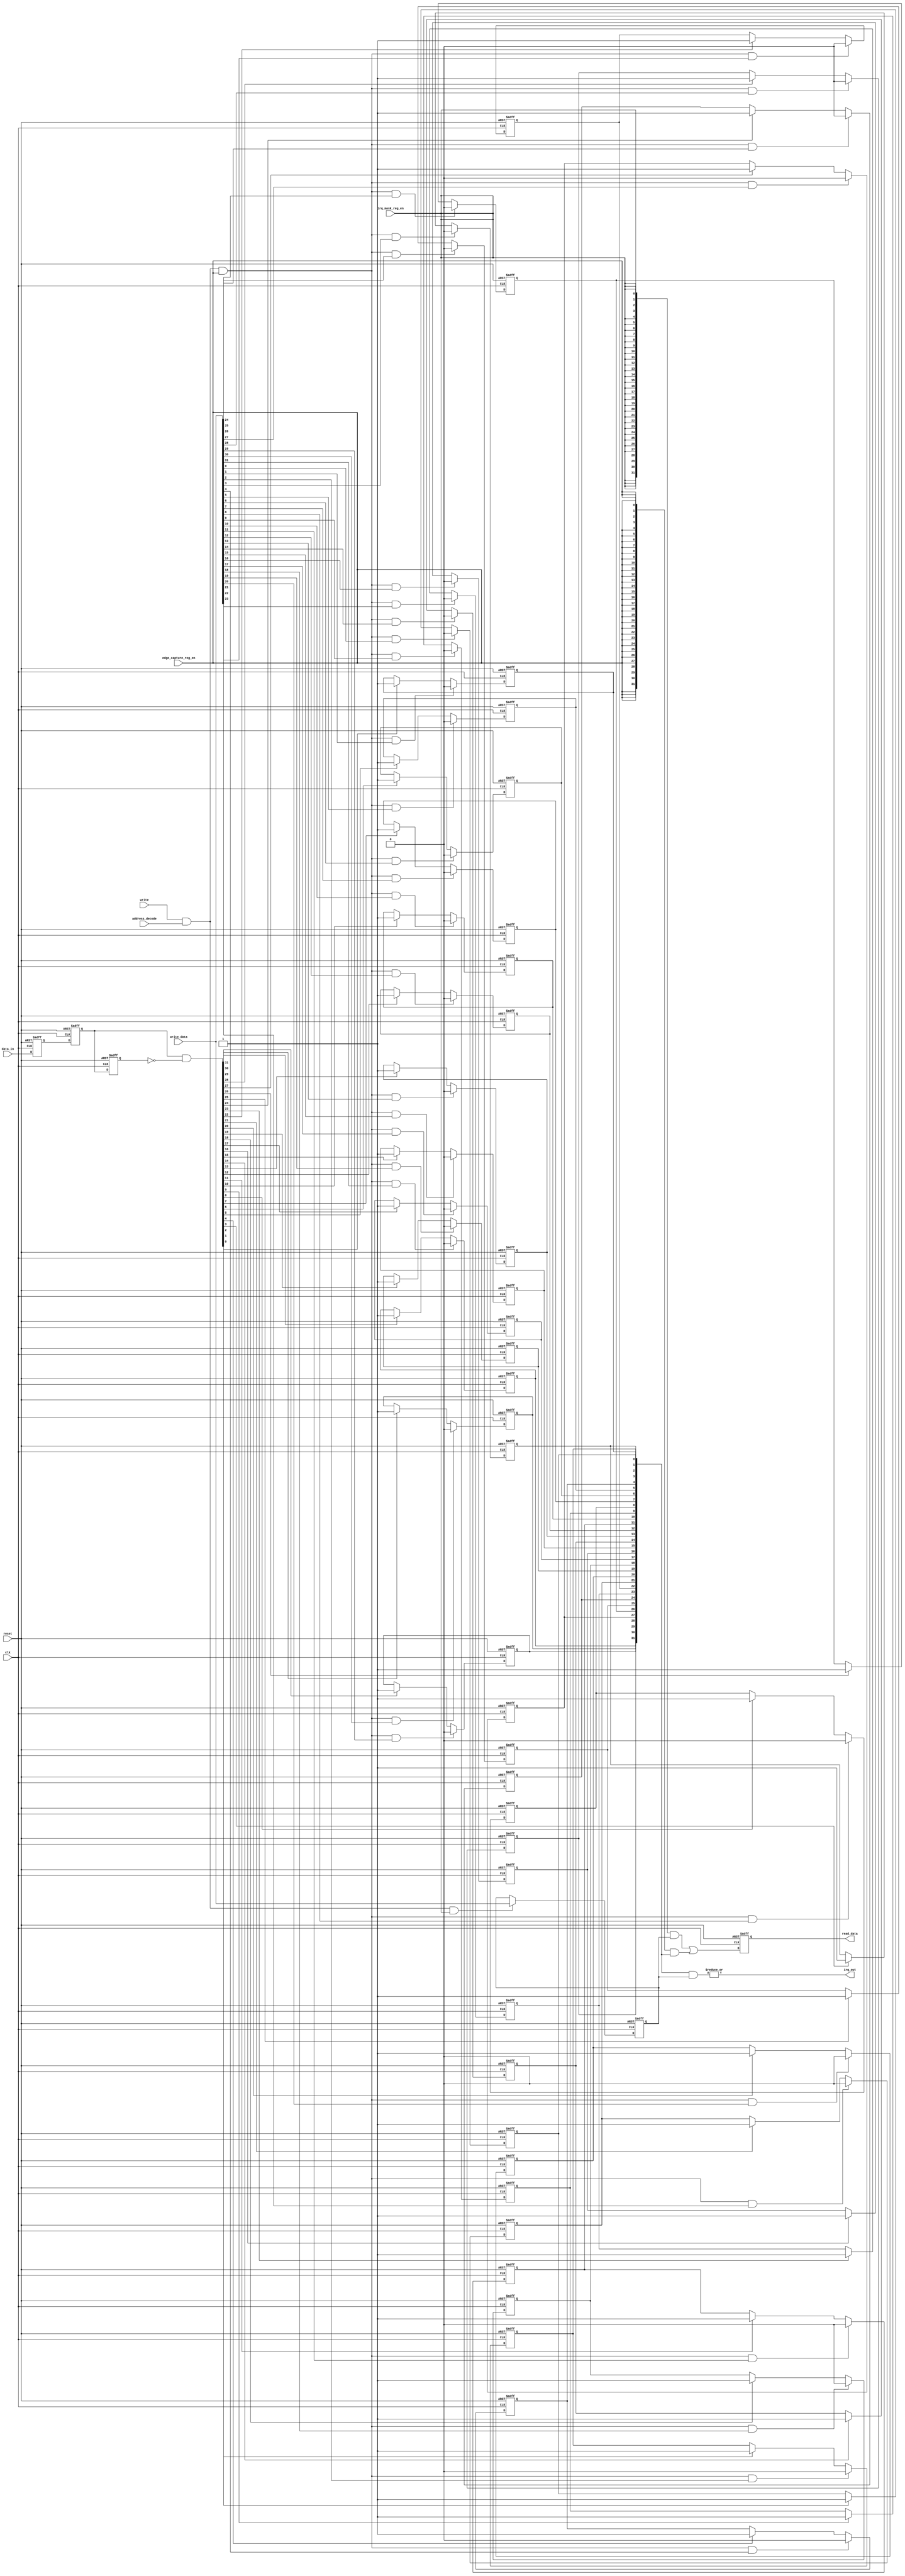
module interrupt_logic (
  clk,
  reset,
  data_in,
  write,
  write_data,
  address_decode,
  irq_mask_reg_en,
  edge_capture_reg_en,
  read_data,
  irq_out
);

parameter DATA_WIDTH = 32;

input clk;
input reset;
input [DATA_WIDTH-1:0] data_in;
input write;
input [DATA_WIDTH-1:0] write_data;
input address_decode;
input irq_mask_reg_en;
input edge_capture_reg_en;
output reg [DATA_WIDTH-1:0] read_data;
output wire irq_out;

//internal logic
reg [DATA_WIDTH-1:0] data_in_d1;
reg [DATA_WIDTH-1:0] data_in_d2;
reg [DATA_WIDTH-1:0] data_in_d3;
wire [DATA_WIDTH-1:0] edge_detect;
reg [DATA_WIDTH-1:0] edge_capture;
reg [DATA_WIDTH-1:0] irq_mask;
wire edge_capture_wr_strobe;
wire irq_mask_wr_strobe;
wire [DATA_WIDTH-1:0] readdata_mux;


//interrupt mask register
always @ (posedge clk or posedge reset)
begin
  if (reset == 1)
  begin
    irq_mask <= 0;
  end
  else if (irq_mask_wr_strobe)
  begin
    irq_mask <= write_data;    
  end
end

//double registers for asynchronous input and assure metastability
always @ (posedge clk or posedge reset)
begin
  if (reset == 1)
  begin
    data_in_d1 <= 0;
    data_in_d2 <= 0;
  end
  else
  begin
    data_in_d1 <= data_in;
    data_in_d2 <= data_in_d1;
  end
end

//edge detection logic
always @ (posedge clk or posedge reset)
begin
  if (reset == 1)
  begin
    data_in_d3 <= 0;
  end
  else
  begin
    data_in_d3 <= data_in_d2;    
  end
end

assign edge_detect = data_in_d2 & ~data_in_d3; 

//edge capture registers with separate clear bit 
generate
genvar BIT;
for(BIT = 0; BIT < DATA_WIDTH; BIT = BIT + 1)
begin: edge_capture_generation	
  always @ (posedge clk or posedge reset)
  begin
    if (reset == 1)
    begin
      edge_capture[BIT] <= 0;
    end
    else 
	begin
	  if (edge_capture_wr_strobe && write_data[BIT])
        edge_capture[BIT] <= 0;
	  else if (edge_detect[BIT])
	    edge_capture[BIT] <= 1;
    end
  end
end
endgenerate

// register the readdata_mux
always @ (posedge clk or posedge reset)
begin
  if (reset == 1)
  begin
    read_data <= 0;
  end
  else
  begin
    read_data <= readdata_mux;    
  end
end


assign readdata_mux = ({DATA_WIDTH{(irq_mask_reg_en == 1'b1)}} & irq_mask) | ({DATA_WIDTH{(edge_capture_reg_en == 1'b1)}} & edge_capture);
assign irq_mask_wr_strobe = (write == 1'b1) && (address_decode == 1'b1) && (irq_mask_reg_en == 1'b1);
assign edge_capture_wr_strobe = (write == 1'b1) && (address_decode == 1'b1) && (edge_capture_reg_en == 1'b1);
assign irq_out = |(edge_capture & irq_mask);

endmodule